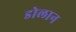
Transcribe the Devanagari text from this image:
डोलान